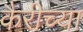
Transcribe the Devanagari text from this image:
कैरीच्या